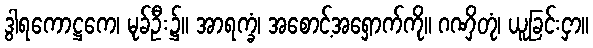
ဒွါရကောဋ္ဌကေ၊ မုခ်ဦး၌။ အာရက္ခံ၊ အစောင့်အရှောက်ကို။ ဂဏှိတုံ၊ ယူခြင်းငှာ။